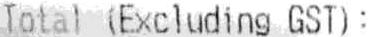
TOTAL (EXCLUDING GST):